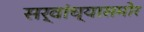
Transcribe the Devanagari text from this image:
सर्वांच्यासमोर